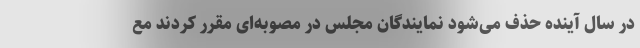
در سال آینده حذف ‌می‌شود نمایندگان مجلس در مصوبه‌ای مقرر کردند مع